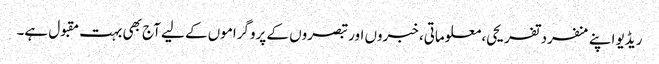
ریڈیو اپنے منفرد تفریحی، معلوماتی، خبروں اور تبصروں کے پروگراموں کے لیے آج بھی بہت مقبول ہے۔